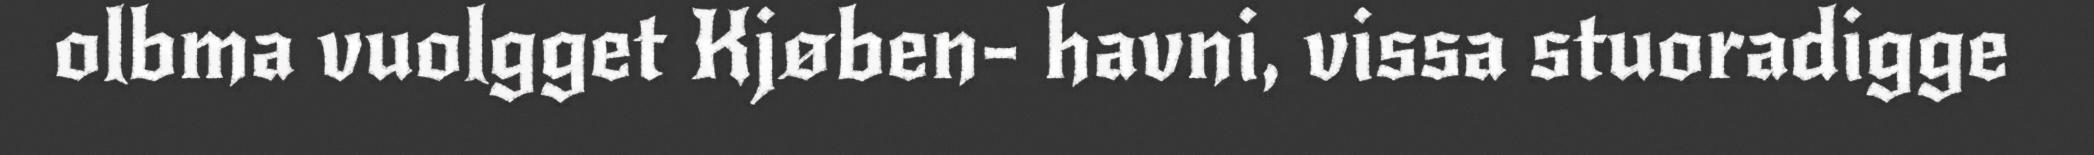
olbma vuolgget Kjøben- havni, vissa stuoradigge